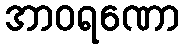
အာဝရဏော